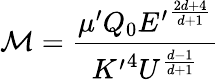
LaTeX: \mathcal{M}=\frac{\mu^{\prime}Q_{0}{E^{\prime}}^{\frac{2d+4}{d+1}}}{{K^{\prime}}^{4}U^{\frac{d-1}{d+1}}}